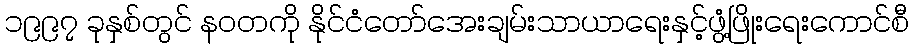
၁၉၉၇ ခုနှစ်တွင် နဝတကို နိုင်ငံတော်အေးချမ်းသာယာရေးနှင့်ဖွံ့ဖြိုးရေးကောင်စီ